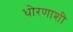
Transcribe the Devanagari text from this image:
धोरणाशी